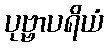
ပုဗ္ဗာပရိယံ